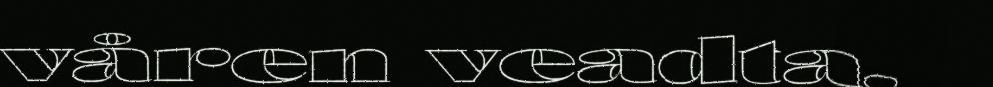
våren veadta,